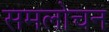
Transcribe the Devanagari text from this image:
समलोचन